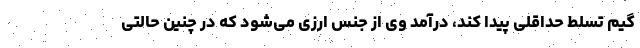
گیم تسلط حداقلی پیدا کند، درآمد وی از جنس ارزی می‌شود که در چنین حالتی